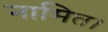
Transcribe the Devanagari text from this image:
नामित।